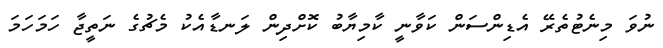
ނުވަ މިނެޓުތެރޭ އެޑިންސަން ކަވާނީ ކާމިޔާބު ކޮށްދިން ލަނޑާއެކު މެޗުގެ ނަތީޖާ ހަމަހަމަ